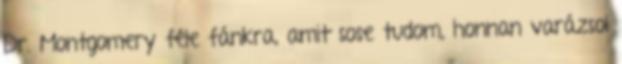
Dr. Montgomery féle fánkra, amit sose tudom, honnan varázsol